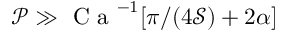
\mathcal { P } \gg \textrm { C a } ^ { - 1 } [ \pi / ( 4 \mathcal { S } ) + 2 \alpha ]